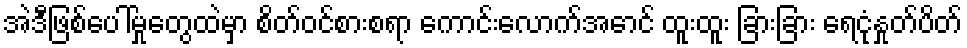
အဲဒီဖြစ်ပေါ်မှုတွေထဲမှာ စိတ်ဝင်စားစရာ ကောင်းလောက်အောင် ထူးထူး ခြားခြား ရေငုံနှုတ်ပိတ်